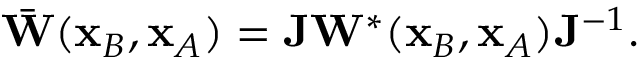
\begin{array} { r } { \bar { \bf W } ( { \bf x } _ { B } , { \bf x } _ { A } ) = { \bf J } { \bf W } ^ { * } ( { \bf x } _ { B } , { \bf x } _ { A } ) { \bf J } ^ { - 1 } . } \end{array}